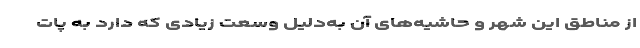
از مناطق این شهر و حاشیه‌های آن به‌دلیل وسعت زیادی که دارد به پات